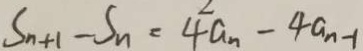
S _ { n + 1 } - S _ { n } = 4 a _ { n } - 4 a _ { n - 1 }